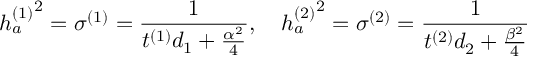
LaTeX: { h _ { a } ^ { ( 1 ) } } ^ { 2 } = \sigma ^ { ( 1 ) } = { \frac { 1 } { t ^ { ( 1 ) } d _ { 1 } + { \frac { \alpha ^ { 2 } } { 4 } } } } , ~ ~ ~ { h _ { a } ^ { ( 2 ) } } ^ { 2 } = \sigma ^ { ( 2 ) } = { \frac { 1 } { t ^ { ( 2 ) } d _ { 2 } + { \frac { \beta ^ { 2 } } { 4 } } } }